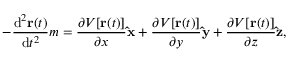
- { \frac { \mathrm { d } ^ { 2 } \mathbf { r } ( t ) } { \mathrm { d } t ^ { 2 } } } m = { \frac { \partial V [ \mathbf { r } ( t ) ] } { \partial x } } \mathbf { \hat { x } } + { \frac { \partial V [ \mathbf { r } ( t ) ] } { \partial y } } \mathbf { \hat { y } } + { \frac { \partial V [ \mathbf { r } ( t ) ] } { \partial z } } \mathbf { \hat { z } } ,